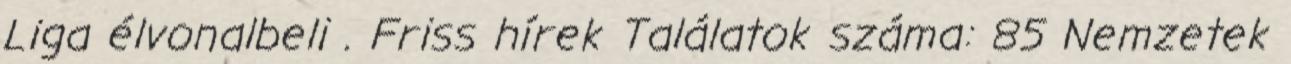
Liga élvonalbeli . Friss hírek Találatok száma: 85 Nemzetek